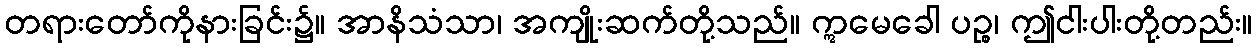
တရားတော်ကိုနားခြင်း၌။ အာနိသံသာ၊ အကျိုးဆက်တို့သည်။ ဣမေခေါ ပဉ္စ၊ ဤငါးပါးတို့တည်း။